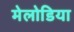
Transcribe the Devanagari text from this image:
मेलोडिया